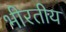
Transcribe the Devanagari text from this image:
भीरतीय